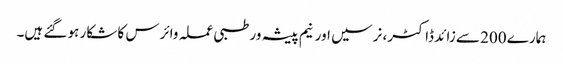
ہمارے 200 سے زائد ڈاکٹر، نرسیں اور نیم پیشہ ور طبی عملہ وائرس کا شکار ہو گئے ہیں۔